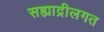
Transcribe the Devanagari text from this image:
सह्याद्रीलगत